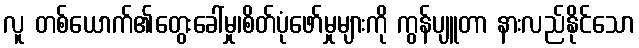
လူ တစ်ယောက်၏တွေးခေါ်မှု၊စိတ်ပုံဖော်မှုများကို ကွန်ပျူတာ နားလည်နိုင်သော